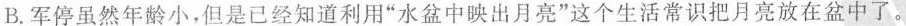
B. 军停虽然年龄小，但是已经知道利用”水盆中映出月亮”这个生活常识把月亮放在盆中了。